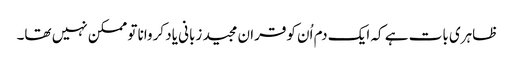
ظاہری بات ہے کہ ایک دم اُن کوقران مجید زبانی یاد کروانا تو ممکن نہیں تھا۔